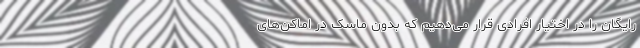
رایگان را در اختیار افرادی قرار می‌دهیم که بدون ماسک در اماکن‌های